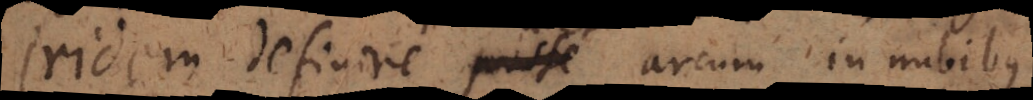
iridem definire posse arcum in nubibus